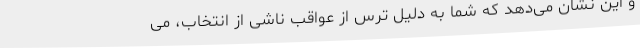
و این نشان می‌دهد که شما به دلیل ترس از عواقب ناشی از انتخاب، می‌